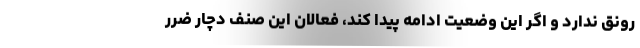
رونق ندارد و اگر این وضعیت ادامه پیدا کند، فعالان این صنف دچار ضرر